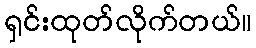
ရှင်းထုတ်လိုက်တယ်။